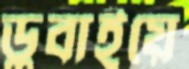
ডুবাইয়ে